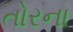
તોરના